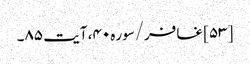
[۵۳] غافر/سوره۴۰، آیت ۸۵۔